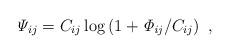
LaTeX: \begin{align*}{\it \Psi}_{ij} = C_{ij} \log \left( 1 + {\it \Phi_{ij}}/C_{ij} \right) \ , \end{align*}